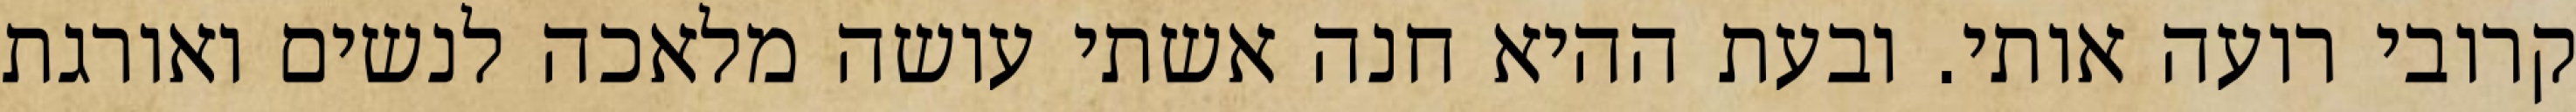
קרובי רועה אותי. ובעת ההיא חנה אשתי עושה מלאכה לנשים ואורגת